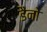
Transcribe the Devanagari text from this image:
डैनो